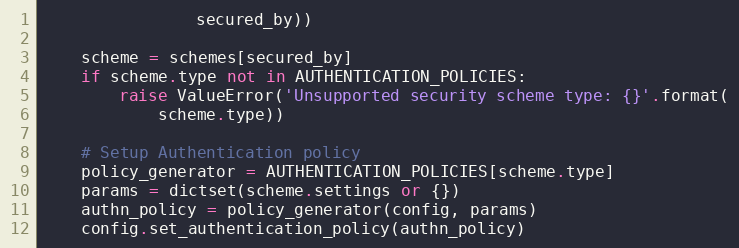
Language: Python
                secured_by))

    scheme = schemes[secured_by]
    if scheme.type not in AUTHENTICATION_POLICIES:
        raise ValueError('Unsupported security scheme type: {}'.format(
            scheme.type))

    # Setup Authentication policy
    policy_generator = AUTHENTICATION_POLICIES[scheme.type]
    params = dictset(scheme.settings or {})
    authn_policy = policy_generator(config, params)
    config.set_authentication_policy(authn_policy)